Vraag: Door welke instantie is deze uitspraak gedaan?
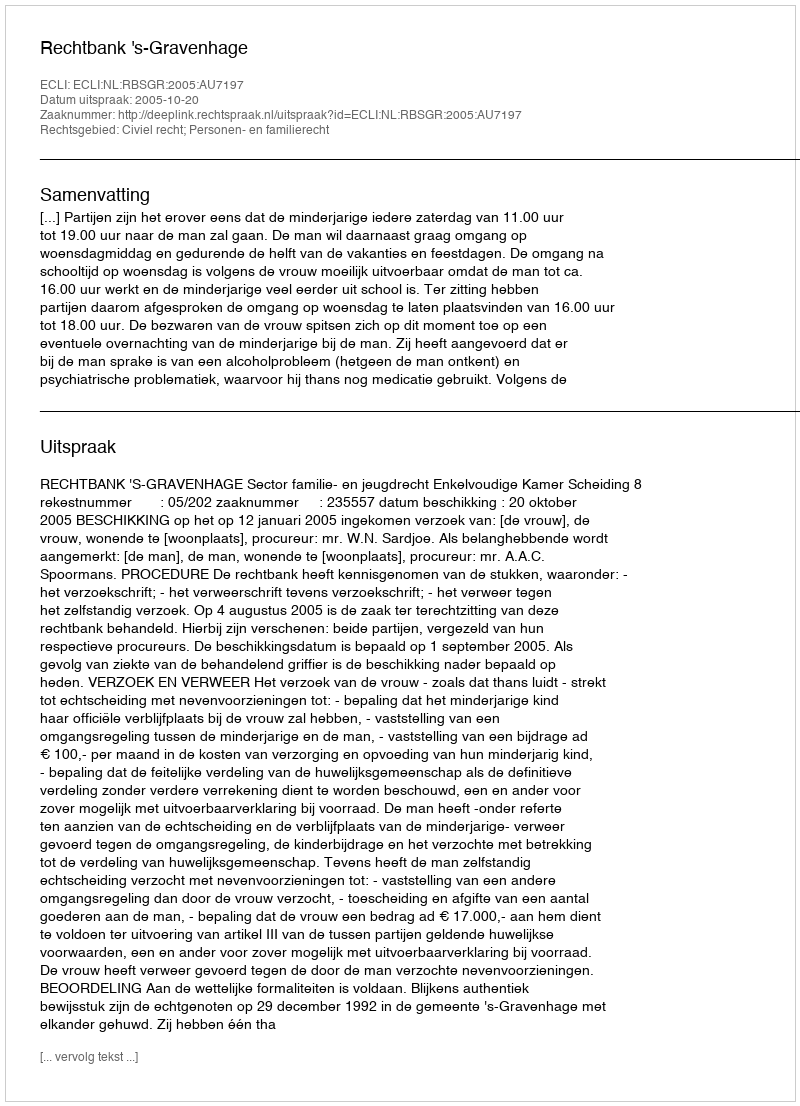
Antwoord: Rechtbank 's-Gravenhage